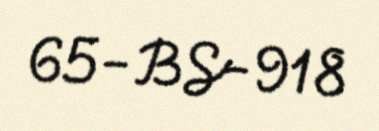
65-BS-918